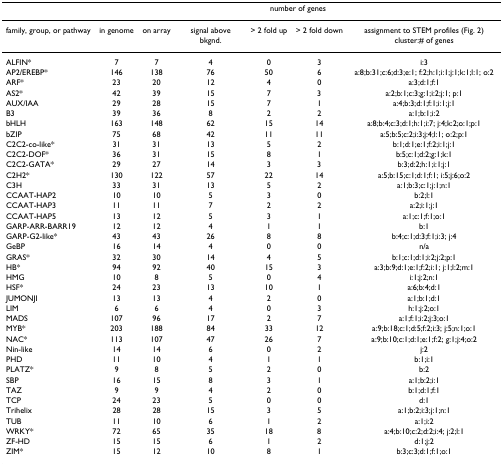
<table><thead><tr><td></td><td colspan="6"><b>number of genes</b></td></tr></thead><tbody><tr><td>family, group, or pathway</td><td>in genome</td><td>on array</td><td>signal above bkgnd.</td><td>&gt; 2 fold up</td><td>&gt; 2 fold down</td><td>assignment to STEM profiles (Fig. 2) cluster:# of genes</td></tr><tr><td>ALFIN*</td><td>7</td><td>7</td><td>4</td><td>0</td><td>3</td><td>i:3</td></tr><tr><td>AP2/EREBP*</td><td>146</td><td>138</td><td>76</td><td>50</td><td>6</td><td>a:8;b:31;c:6;d:3;e:1; f:2;h:1;i:1;j:1;k:1;l:1; o:2</td></tr><tr><td>ARF*</td><td>23</td><td>20</td><td>12</td><td>4</td><td>0</td><td>a:3;d:1;f:1</td></tr><tr><td>AS2*</td><td>42</td><td>39</td><td>15</td><td>7</td><td>3</td><td>a:2;b:1;c:3;g:1;i:2;j:1; p:1</td></tr><tr><td>AUX/IAA</td><td>29</td><td>28</td><td>15</td><td>7</td><td>1</td><td>a:4;b:3;d:1;f:1;i:1;j:1</td></tr><tr><td>B3</td><td>39</td><td>36</td><td>8</td><td>2</td><td>2</td><td>a:1;b:1;i:2</td></tr><tr><td>bHLH</td><td>163</td><td>148</td><td>62</td><td>15</td><td>14</td><td>a:8;b:4;c:3;d:1;h:1;i:7; j:4;k:2;o:1;p:1</td></tr><tr><td>bZIP</td><td>75</td><td>68</td><td>42</td><td>11</td><td>11</td><td>a:5;b:5;c:2;i:3;j:4;l:1; o:2;p:1</td></tr><tr><td>C2C2-co-like*</td><td>31</td><td>31</td><td>13</td><td>5</td><td>2</td><td>b:1;d:1;e:1;f:2;i:1;j:1</td></tr><tr><td>C2C2-DOF*</td><td>36</td><td>31</td><td>15</td><td>8</td><td>1</td><td>b:5;c:1;d:2;g:1;k:1</td></tr><tr><td>C2C2-GATA*</td><td>29</td><td>27</td><td>14</td><td>3</td><td>3</td><td>b:3;d:2;h:1;i:1;j:1</td></tr><tr><td>C2H2*</td><td>130</td><td>122</td><td>57</td><td>22</td><td>14</td><td>a:5;b:15;c:1;d:1;f:1; i:5;j:6;o:2</td></tr><tr><td>C3H</td><td>33</td><td>31</td><td>13</td><td>5</td><td>2</td><td>a:1;b:3;c:1;j:1;n:1</td></tr><tr><td>CCAAT-HAP2</td><td>10</td><td>10</td><td>5</td><td>3</td><td>0</td><td>b:2;l:1</td></tr><tr><td>CCAAT-HAP3</td><td>11</td><td>11</td><td>7</td><td>2</td><td>2</td><td>a:2;i:1;j:1</td></tr><tr><td>CCAAT-HAP5</td><td>13</td><td>12</td><td>5</td><td>3</td><td>1</td><td>a:1;c:1;f:1;o:1</td></tr><tr><td>GARP-ARR-BARR19</td><td>12</td><td>12</td><td>4</td><td>1</td><td>1</td><td>b:1</td></tr><tr><td>GARP-G2-like*</td><td>43</td><td>43</td><td>26</td><td>8</td><td>8</td><td>b:4;c:1;d:3;f:1;i:3; j:4</td></tr><tr><td>GeBP</td><td>16</td><td>14</td><td>4</td><td>0</td><td>0</td><td>n/a</td></tr><tr><td>GRAS*</td><td>32</td><td>30</td><td>14</td><td>4</td><td>5</td><td>b:1;c:1;d:1;i:2;j:2;p:1</td></tr><tr><td>HB*</td><td>94</td><td>92</td><td>40</td><td>15</td><td>3</td><td>a:3;b:9;d:1;e:1;f:2;i:1; j:1;l:2;m:1</td></tr><tr><td>HMG</td><td>10</td><td>8</td><td>5</td><td>0</td><td>4</td><td>i:1;j:2;n:1</td></tr><tr><td>HSF*</td><td>24</td><td>23</td><td>13</td><td>10</td><td>1</td><td>a:6;b:4;d:1</td></tr><tr><td>JUMONJI</td><td>13</td><td>13</td><td>4</td><td>2</td><td>0</td><td>a:1;b:1;d:1</td></tr><tr><td>LIM</td><td>6</td><td>6</td><td>4</td><td>0</td><td>3</td><td>h:1;j:2;o:1</td></tr><tr><td>MADS</td><td>107</td><td>96</td><td>17</td><td>2</td><td>7</td><td>a:1;f:1;i:2;j:3;o:1</td></tr><tr><td>MYB*</td><td>203</td><td>188</td><td>84</td><td>33</td><td>12</td><td>a:9;b:18;c:1;d:5;f:2;i:3; j:5;n:1;o:1</td></tr><tr><td>NAC*</td><td>113</td><td>107</td><td>47</td><td>26</td><td>7</td><td>a:9;b:10;c:1;d:1;e:1;f:2; g:1;j:4;o:2</td></tr><tr><td>Nin-like</td><td>14</td><td>14</td><td>6</td><td>0</td><td>2</td><td>j:2</td></tr><tr><td>PHD</td><td>11</td><td>10</td><td>4</td><td>1</td><td>1</td><td>b:1;i:1</td></tr><tr><td>PLATZ*</td><td>9</td><td>8</td><td>5</td><td>2</td><td>0</td><td>b:2</td></tr><tr><td>SBP</td><td>16</td><td>15</td><td>8</td><td>3</td><td>1</td><td>a:1;b:2;i:1</td></tr><tr><td>TAZ</td><td>9</td><td>9</td><td>4</td><td>2</td><td>0</td><td>b:1;d:1;f:1</td></tr><tr><td>TCP</td><td>24</td><td>23</td><td>5</td><td>0</td><td>0</td><td>d:1</td></tr><tr><td>Trihelix</td><td>28</td><td>28</td><td>15</td><td>3</td><td>5</td><td>a:1;b:2;i:3;j:1;n:1</td></tr><tr><td>TUB</td><td>11</td><td>10</td><td>6</td><td>1</td><td>2</td><td>a:1;i:2</td></tr><tr><td>WRKY*</td><td>72</td><td>65</td><td>35</td><td>18</td><td>8</td><td>a:4;b:10;c:2;d:2;i:4; j:2;l:1</td></tr><tr><td>ZF-HD</td><td>15</td><td>15</td><td>6</td><td>1</td><td>2</td><td>d:1;j:2</td></tr><tr><td>ZIM*</td><td>15</td><td>12</td><td>10</td><td>8</td><td>1</td><td>b:3;c:3;d:1;f:1;o:1</td></tr></tbody></table>